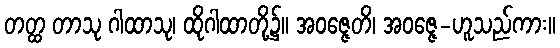
တတ္ထ တာသု ဂါထာသု၊ ထိုဂါထာတို့၌။ အဝဇ္ဇေတိ၊ အဝဇ္ဇေ-ဟူသည်ကား။